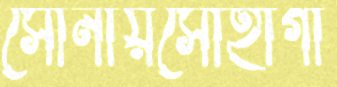
সোনায়সোহাগা